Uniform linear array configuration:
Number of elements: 48
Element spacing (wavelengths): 0.25
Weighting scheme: hamming
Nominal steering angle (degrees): -45
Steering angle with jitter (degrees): -43.054
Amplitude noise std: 0.05
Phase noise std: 0.05

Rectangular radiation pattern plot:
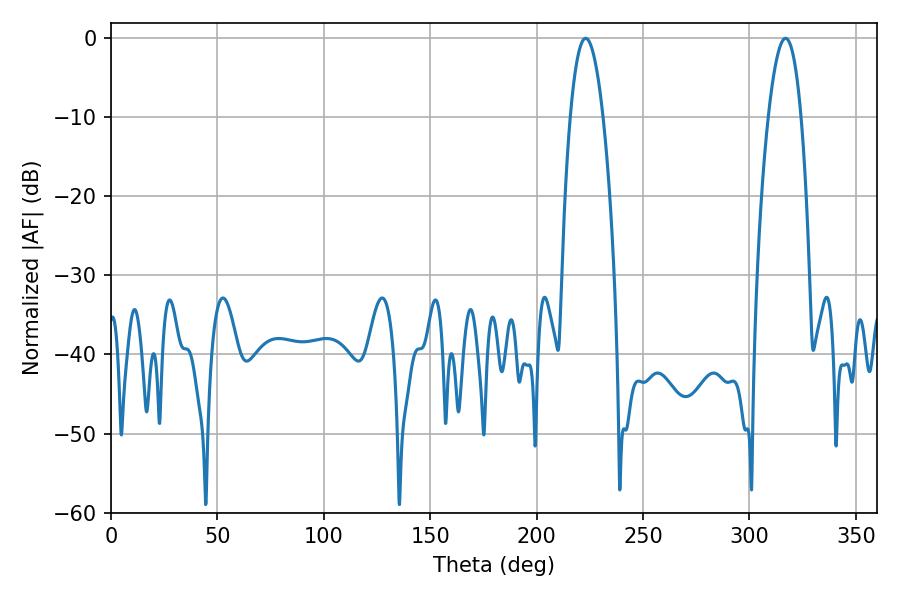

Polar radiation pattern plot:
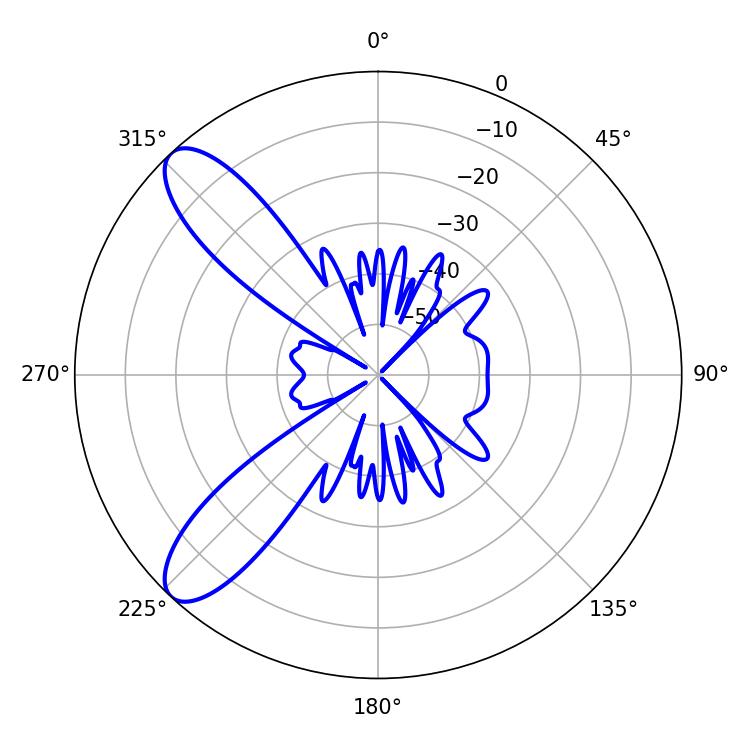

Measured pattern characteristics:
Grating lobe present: FALSE
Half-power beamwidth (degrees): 8.46
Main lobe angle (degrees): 223.02